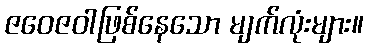
ဇဝေဇဝါဖြစ်နေသော မျက်လုံးများ။